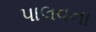
પાલવના